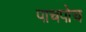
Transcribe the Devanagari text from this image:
पाचपोच